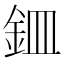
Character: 𫒏